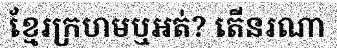
ខ្មែរក្រហមឬអត់? តើនរណា